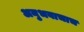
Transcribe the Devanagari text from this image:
अनुभवाचाच